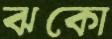
ঝকো